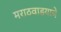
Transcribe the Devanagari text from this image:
मराठवाडयाचे